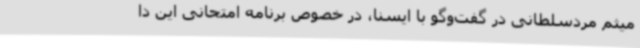
میثم مردسلطانی در گفت‌وگو با ایسنا، در خصوص برنامه امتحانی این دا